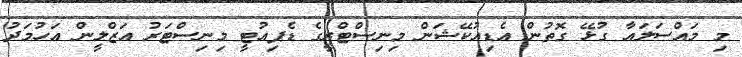
މި މައްސަލައާ ގުޅޭ ގޮތުން އެޑިއުކޭޝަން މިނިސްޓްރީގެ ޑެޕިއުޓީ މިނިސްޓަރު އަޒްލީން އަހުމަދު